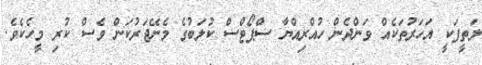
ލަތީފަކީ އަހަރުތަކެއް ވަންދެން ހުއްރިއްޔާ ސްޕޯޓްސް ކުލަބުގެ މެނޭޖަރުކަން ވެސް ކުރި މީހެކެވެ.